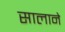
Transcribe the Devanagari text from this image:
सालाने